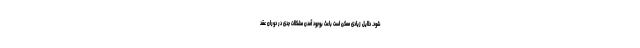
شود. دلایل زیادی ممکن است باعث بوجود آمدن مشکلات جدی در دوران عقد